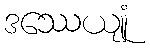
ဒဿေယျုံ